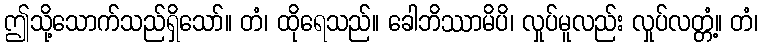
ဤသို့သောက်သည်ရှိသော်။ တံ၊ ထိုရေသည်။ ခေါဘိဿာမိပိ၊ လှုပ်မူလည်း လှုပ်လတ္တံ့။ တံ၊